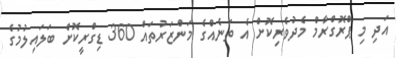
އަދި މި ޕްރޮގްރާމް މެދުވެރިކޮށް އެ ތަނެއްގެ މަންޒަރުތައް 360 ޑިގްރީކޮށް ބަލައިލުމުގެ